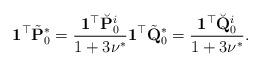
LaTeX: \begin{align*}\mathbf{1}^\top \tilde{\mathbf{P}}_0^*= \frac{\mathbf{1}^\top \breve{\mathbf{P}}_0^i}{1+3\nu^*} \mathbf{1}^\top \tilde{\mathbf{Q}}_0^*= \frac{\mathbf{1}^\top \breve{\mathbf{Q}}_0^i}{1+3\nu^*}.\end{align*}